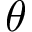
\theta